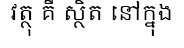
វត្ថុ គឺ ស្ថិត នៅក្នុង